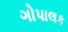
ગોપાલક